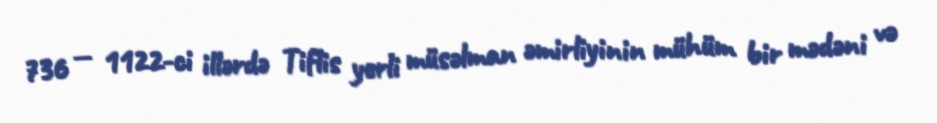
736 — 1122-ci illərdə Tiflis yerli müsəlman əmirliyinin mühüm bir mədəni və